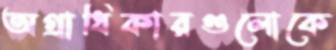
অগ্রাধিকারগুলোকে